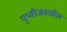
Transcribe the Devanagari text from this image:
पृथ्वीजवळील